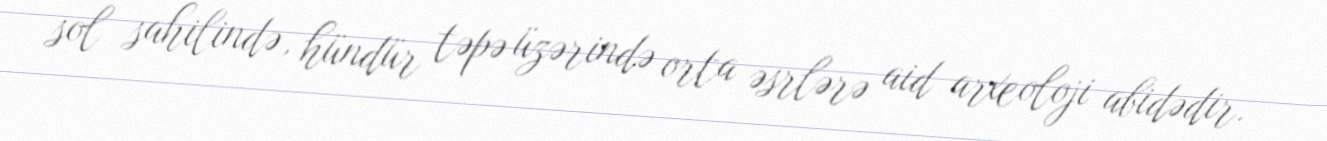
sol sahilində, hündür təpə üzərində orta əsrlərə aid arxeoloji abidədir.